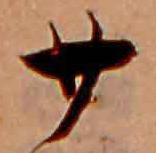
廿